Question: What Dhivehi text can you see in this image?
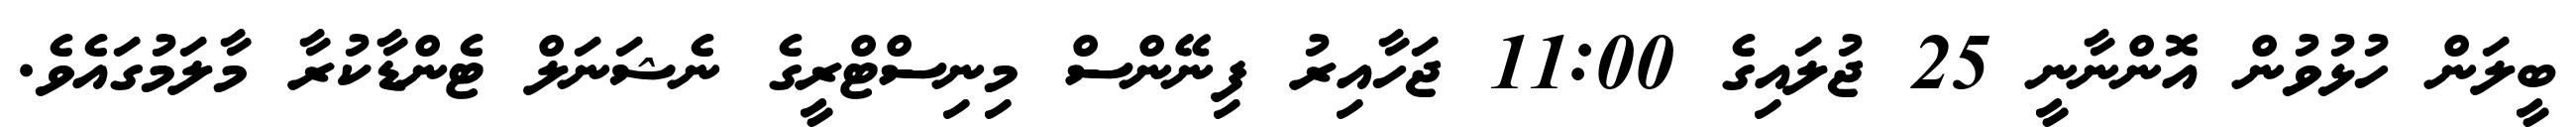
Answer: ބީލަން ހުޅުވުން އޮންނާނީ 25 ޖުލައިގެ 11:00 ޖަހާއިރު ފިނޭންސް މިނިސްޓްރީގެ ނެޝަނަލް ޓެންޑާކުރާ މާލަމުގައެވެ.